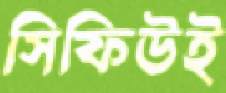
সিফিউই